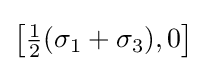
\left[{\tfrac {1}{2}}(\sigma _{1}+\sigma _{3}),0\right]